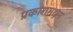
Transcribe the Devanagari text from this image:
प्रकारामधून